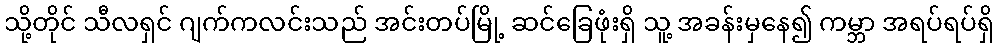
သို့တိုင် သီလရှင် ဂျက်ကလင်းသည် အင်းတပ်မြို့ ဆင်ခြေဖုံးရှိ သူ့ အခန်းမှနေ၍ ကမ္ဘာ အရပ်ရပ်ရှိ